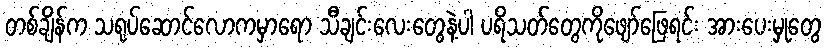
တစ်ချိန်က သရုပ်ဆောင်လောကမှာရော သီချင်းလေးတွေနဲ့ပါ ပရိသတ်တွေကိုဖျော်ဖြေရင်း အားပေးမှုတွေ